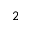
2